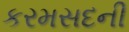
કરમસદની